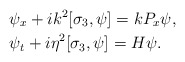
\begin{align*}&\psi_x+ik^2[\sigma_3,\psi]=kP_x\psi,\\&\psi_t+i\eta^2[\sigma_3,\psi]=H\psi.\end{align*}